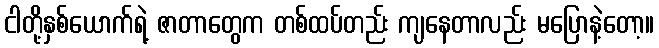
ငါတို့နှစ်ယောက်ရဲ့ ဇာတာတွေက တစ်ထပ်တည်း ကျနေတာလည်း မပြောနဲ့တော့။